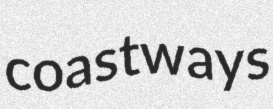
coastways